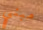
مبني